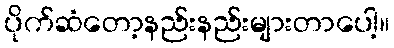
ပိုက်ဆံတော့နည်းနည်းများတာပေါ့။